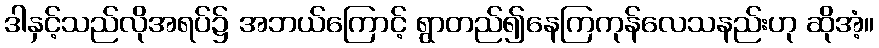
ဒါနှင့်သည်လိုအရပ်၌ အဘယ်ကြောင့် ရွာတည်၍နေကြကုန်လေသနည်းဟု ဆိုအံ့။